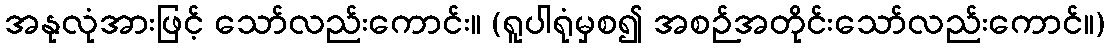
အနုလုံအားဖြင့် သော်လည်းကောင်း။ (ရူပါရုံမှစ၍ အစဉ်အတိုင်းသော်လည်းကောင်။)